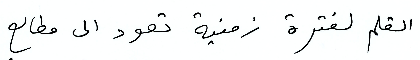
القلم لفترة زمنية تعود إلى مطالع